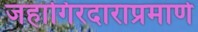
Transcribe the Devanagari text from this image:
जहागिरदाराप्रमाणे